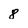
Character: 8